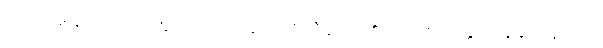
ပြောင်းဖူးပွင့်ပြာပြာတွေ ဖော်ထားသည့် ဂျိုလီယော့၏ လည်စည်းနှင့် ပိန်ချုံးနေသည့်